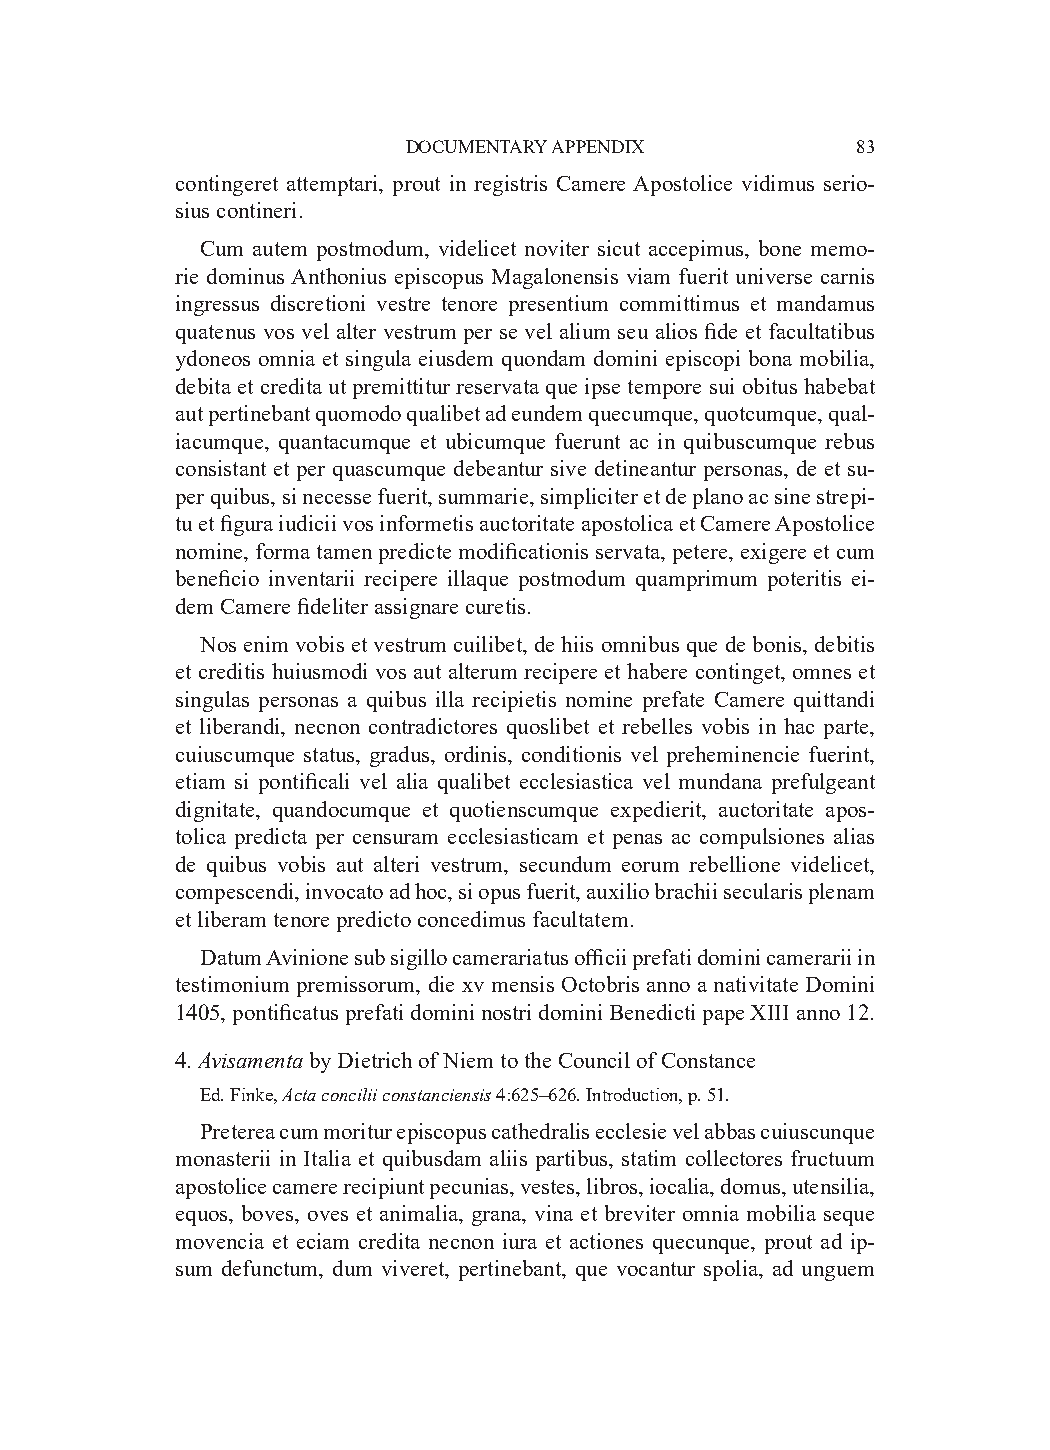
DOCUMENTARY APPENDIX          83
 contingeret attemptari, prout in registris Camere Apostolice vidimus serio-
 sius contineri.
 Cum autem postmodum, videlicet noviter sicut accepimus, bone memo-
 rie dominus Anthonius episcopus Magalonensis viam fuerit universe carnis
 ingressus discretioni vestre tenore presentium committimus et mandamus
 quatenus vos vel alter vestrum per se vel alium seu alios fide et facultatibus
 ydoneos omnia et singula eiusdem quondam domini episcopi bona mobilia,
 debita et credita ut premittitur reservata que ipse tempore sui obitus habebat
 aut pertinebant quomodo qualibet ad eundem quecumque, quotcumque, qual-
 iacumque, quantacumque et ubicumque fuerunt ac in quibuscumque rebus
 consistant et per quascumque debeantur sive detineantur personas, de et su-
 per quibus, si necesse fuerit, summarie, simpliciter et de plano ac sine strepi-
 tu et figura iudicii vos informetis auctoritate apostolica et Camere Apostolice
 nomine, forma tamen predicte modificationis servata, petere, exigere et cum
 beneficio inventarii recipere illaque postmodum quamprimum poteritis ei-
 dem Camere fideliter assignare curetis.
 Nos enim vobis et vestrum cuilibet, de hiis omnibus que de bonis, debitis
 et creditis huiusmodi vos aut alterum recipere et habere continget, omnes et
 singulas personas a quibus illa recipietis nomine prefate Camere quittandi
 et liberandi, necnon contradictores quoslibet et rebelles vobis in hac parte,
 cuiuscumque status, gradus, ordinis, conditionis vel preheminencie fuerint,
 etiam si pontificali vel alia qualibet ecclesiastica vel mundana prefulgeant
 dignitate, quandocumque et quotienscumque expedierit, auctoritate apos-
 tolica predicta per censuram ecclesiasticam et penas ac compulsiones alias
 de quibus vobis aut alteri vestrum, secundum eorum rebellione videlicet,
 compescendi, invocato ad hoc, si opus fuerit, auxilio brachii secularis plenam
 et liberam tenore predicto concedimus facultatem.
 Datum Avinione sub sigillo camerariatus officii prefati domini camerarii in
 testimonium premissorum, die xv mensis Octobris anno a nativitate Domini
 1405, pontificatus prefati domini nostri domini Benedicti pape XIII anno 12.
 4. Avisamenta by Dietrich of Niem to the Council of Constance
 Ed. Finke, Acta concilii constanciensis 4:625–626. Introduction, p. 51.
 Preterea cum moritur episcopus cathedralis ecclesie vel abbas cuiuscunque
 monasterii in Italia et quibusdam aliis partibus, statim collectores fructuum
 apostolice camere recipiunt pecunias, vestes, libros, iocalia, domus, utensilia,
 equos, boves, oves et animalia, grana, vina et breviter omnia mobilia seque
 movencia et eciam credita necnon iura et actiones quecunque, prout ad ip-
 sum defunctum, dum viveret, pertinebant, que vocantur spolia, ad unguem